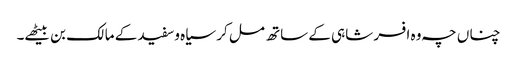
چناں چہ وہ افسر شاہی کے ساتھ مل کر سیاہ وسفید کے مالک بن بیٹھے۔